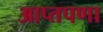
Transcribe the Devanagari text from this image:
आप्तपणा